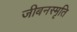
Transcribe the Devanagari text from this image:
जीबनस्मृति